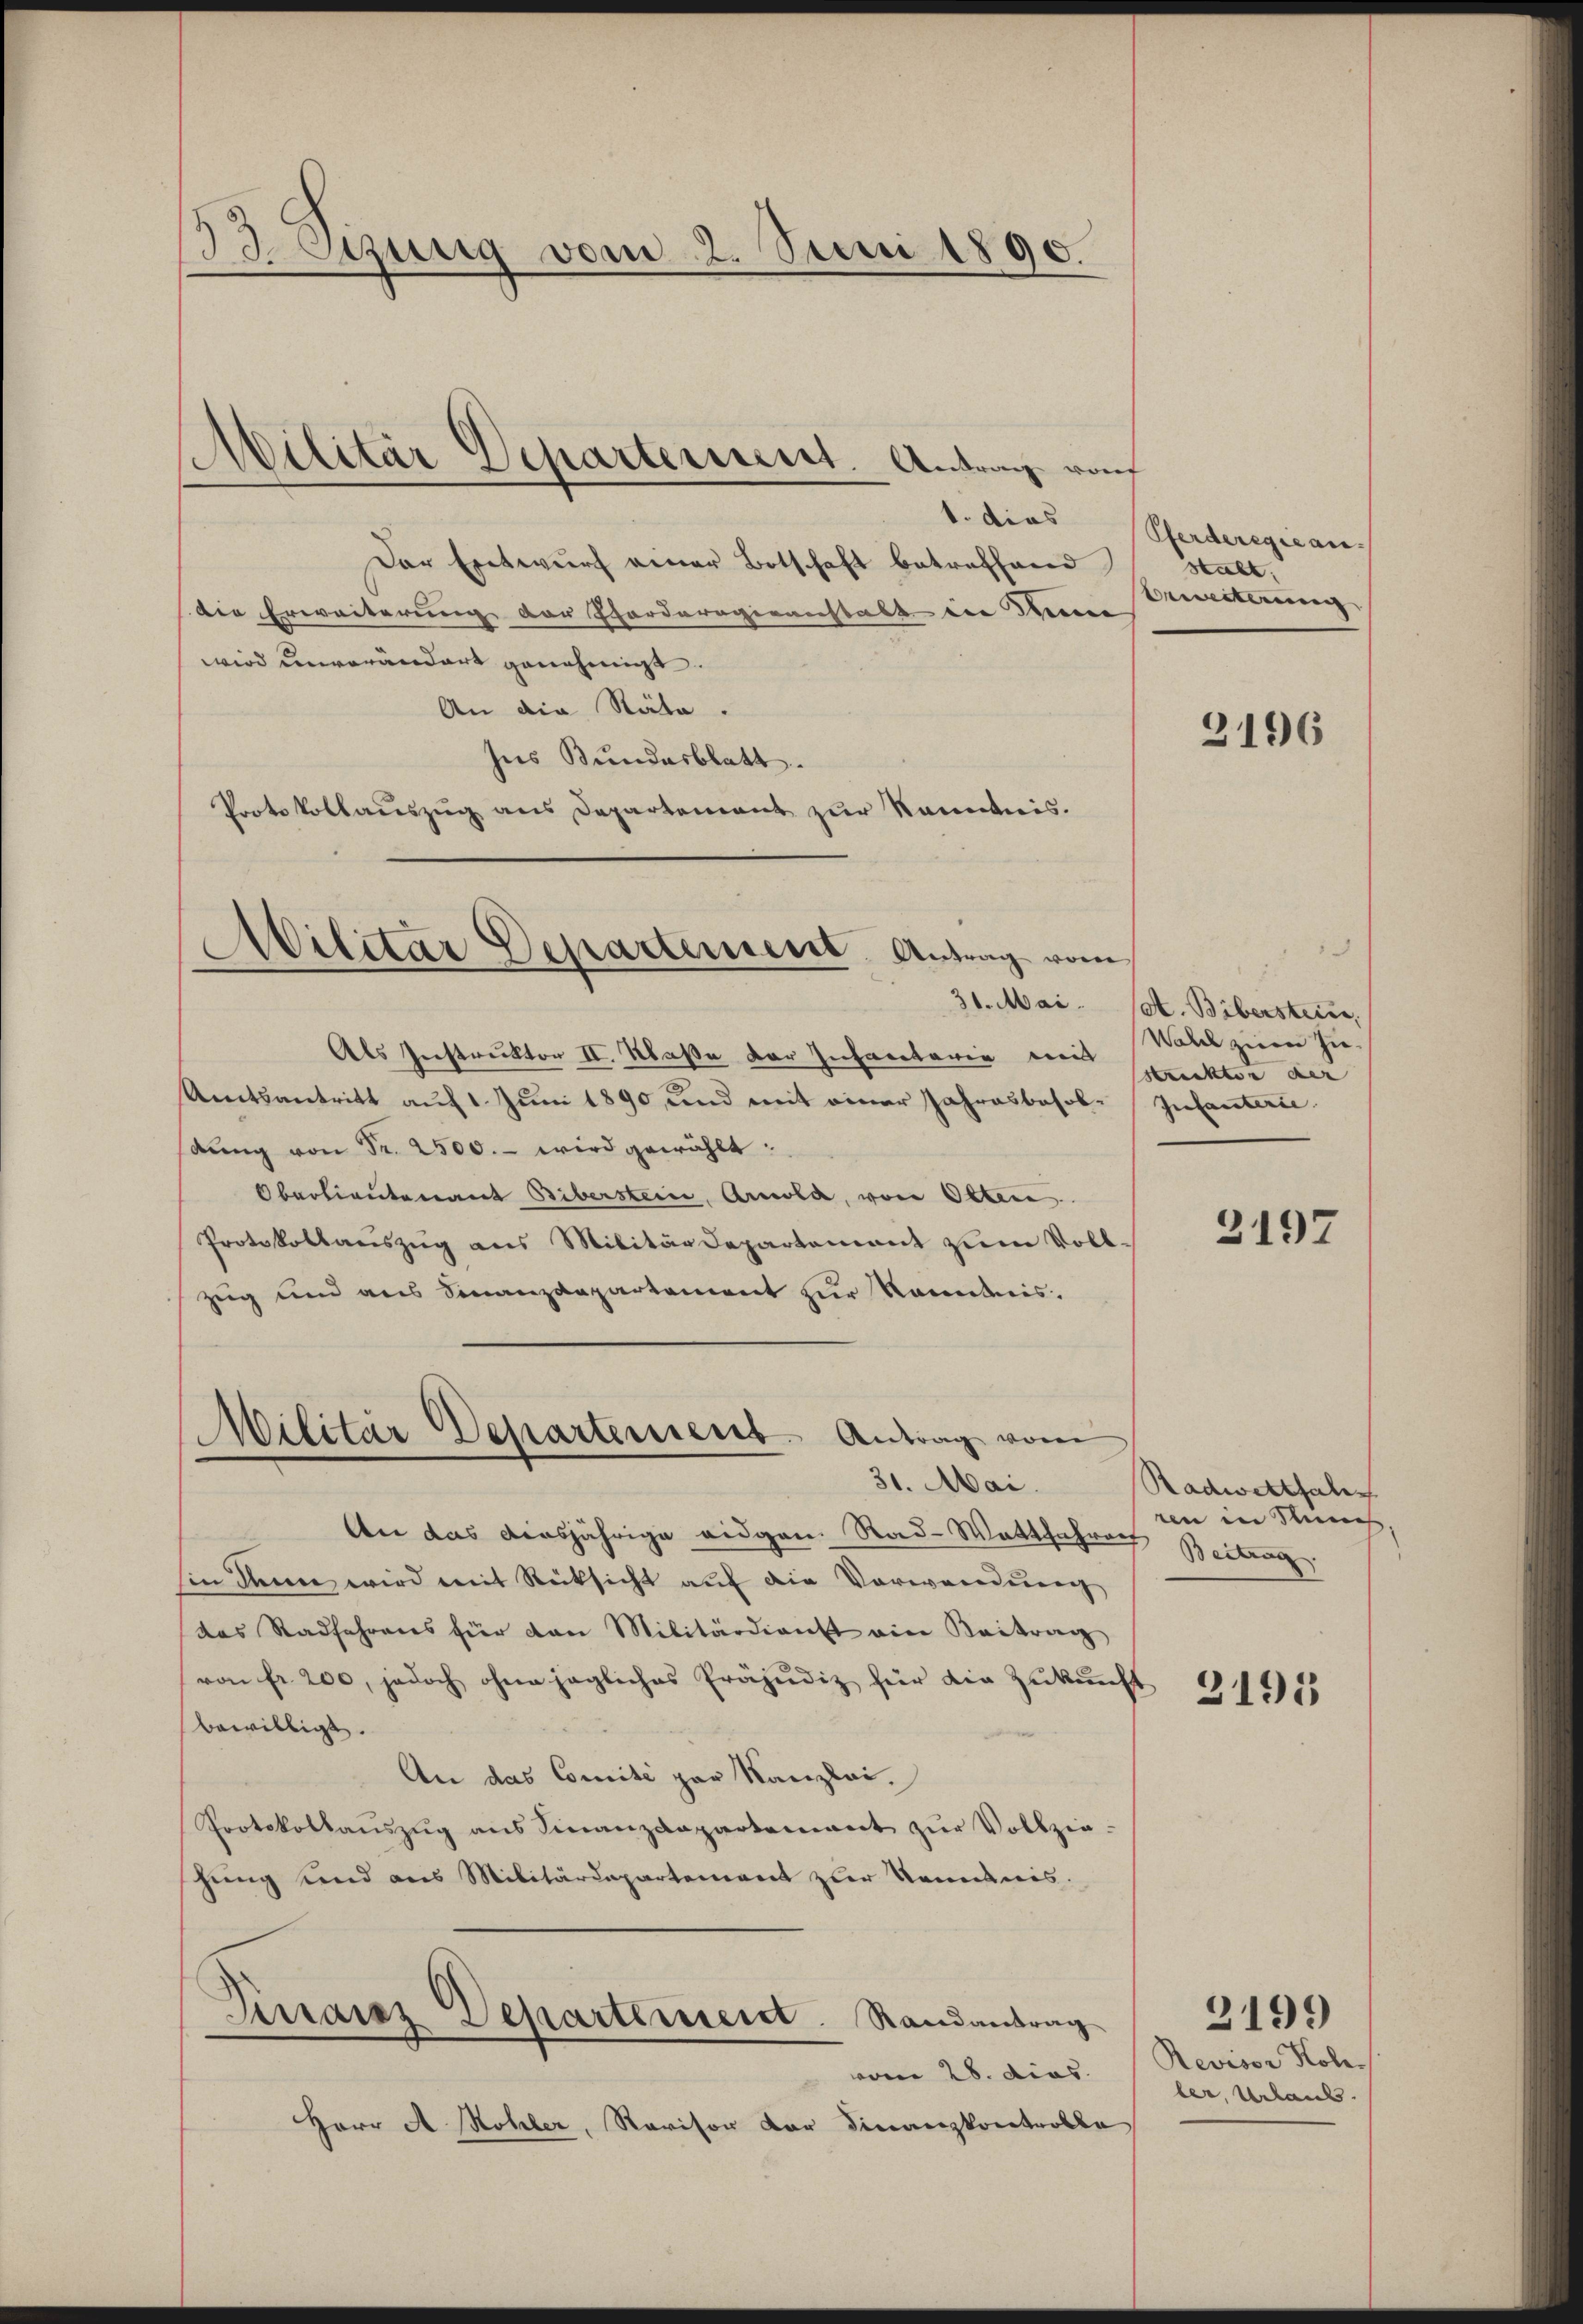
Etzung vom 2. Juni 1890.

Der Entwurf einer Botschaft betreffend
die Erweiterung der Forderogieanstalt die Seine
wird unverändert genehmigt.
An die Räte.
ses Bundesblatt.
Protokollauszug aus Departement zur Kenntnis.

.
Cilitär Departerieret. Antrag von

Militar Departement. Antrag vom

Militär Departement. Antrag vom
31. Mai

Als Instruktor II. Klaße der Infaretarie weit
Amtsantritt auf 1. Juni 1890, und mit einer Jahresbesoldŭng von Fr. 2500.- wird gewählt:
Oberlieutenant Biberstein, Arcola, von Otten.
Protokollauszug aus Militärdepartement zum Vollzug und aus Finanzdepartement zur Renntnis.
An das diesjährige eidgen. Rad-Wattfahren
sin denn wird mit Rücksicht auf die Verwendung
das Stadfahrens für dan Militärdient ein Kaitrag
von fr. 200, jedoch ohne jegliches Präjudiz für die Zukunft
bewilligt.
An das Comité par Kanzlei.
Protokollanszŭg ans Finanzdepartement zŭr Vollzie-
hung und aus Militärdepartement zur Kenntnis.
Finanz Departement. Randantrag
vom 28. dies
Herr A Rohler, Revisor der Finanzkontrolle

1. dies Pferderegie an.
stalt.
Beweiterung

2196

31. Mai. et. Bibersteien,
Wahel zween hie¬
Strecktor der
Infanterie

2197

Radwetthale
ren in Sch
Beitrag.

3195

Revisor Kole.
ler, Urlaub.

2199